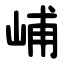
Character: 峬